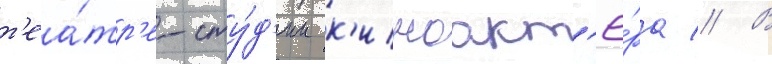
т'еа́тр'е-сту́д'ии к'иноакт'ё́ра // В